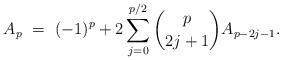
LaTeX: \begin{align*} A_{p} \ = \ (-1)^p + 2\sum_{j=0}^{p/2} \binom{p}{2j+1} A_{p-2j-1}. \end{align*}